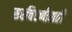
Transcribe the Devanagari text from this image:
सरचिटणीसही